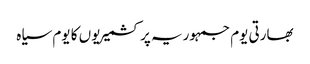
بھارتی یوم جمہوریہ پر کشمیریوں کا یوم سیاہ